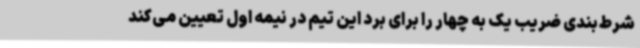
شرط‌بندی ضریب یک به چهار را برای برد این تیم در نیمه اول تعیین می‌کند